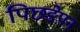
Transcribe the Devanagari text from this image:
पिछङेपन